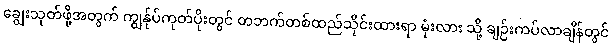
ချွေးသုတ်ဖို့အတွက် ကျွန်ုပ်ကုတ်ပိုးတွင် တဘက်တစ်ထည်သိုင်းထားရာ မုံးလား သို့ ချဉ်းကပ်လာချိန်တွင်